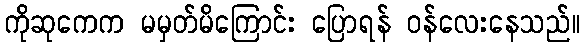
ကိုဆုကေက မမှတ်မိကြောင်း ပြောရန် ဝန်လေးနေသည်။